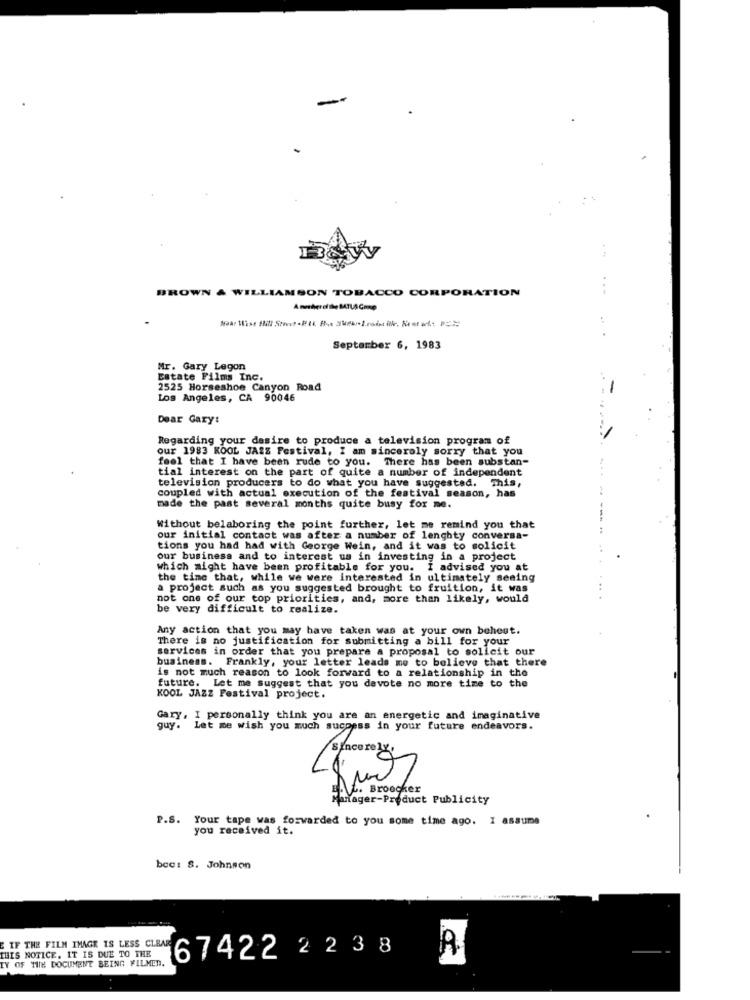
BROWN & WILLIAMSON TOBACCO CORPORATION
September 6, 1983
Mr. Gary Legon
Estate Films Inc.
2525 Horseshoe Canyon Road
Los Angeles, CA 90046
Dear Gary:
Regarding your desire to produce a television program of
our 1983 KOOL JAZZ Festival, I am sincerely sorry that you
feel that I have been rude to you. There has been substan-
tial interest on the part of quite a number of independent
television producers to do what you have suggested. This,
coupled with actual execution of the festival season, has
made the past several months quite busy for me.
Without belaboring the point further, let me remind you that
our initial contact was after a number of lenghty conversa-
tions you had had with George Wein, and it was to solicit
our business and to interest us in investing in a project
which might have been profitable for you. I advised you at
the time that, while we were interested in ultimately seeing
a project such as you suggested brought to fruition, it was
not one of our top priorities, and, more than likely, would
be very difficult to realize.
Any action that you may have taken was at your own behest.
There is no justification for submitting a bill for your
services in order that you prepare a proposal to sollcit our
business. Frankly, your letter leads me to believe that there
is not much reason to look forward to a relationship in the
future. Let me suggest that you devote no more time to the
KOOL JAZZ Festival project.
Gary, I personally think you are an energetic and imaginative
guy. Let me wish you much sucpess in your future endeavors.
V. Broecker
Manager-Product Publicity
P.S. Your tape was forwarded to you some time ago. I assume
you received it.
bec: S. Johnson
IF THE FILM IMAGE IS LESS CLEAR
A
THIS NOTICE, IT IS DUE TO THE
TY OF THE DOCUMENT BEING FILMEN.
67422 223 8